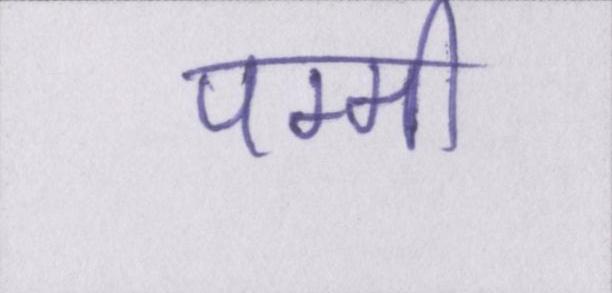
पम्मी